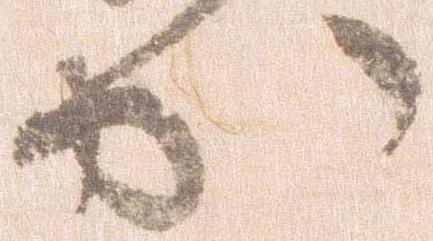
か